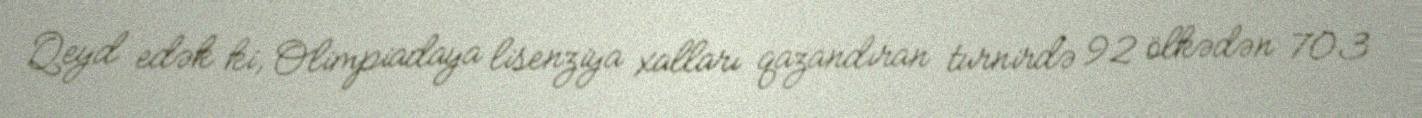
Qeyd edək ki, Olimpiadaya lisenziya xalları qazandıran turnirdə 92 ölkədən 703